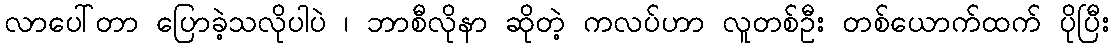
လာပေါ်တာ ပြောခဲ့သလိုပါပဲ ၊ ဘာစီလိုနာ ဆိုတဲ့ ကလပ်ဟာ လူတစ်ဦး တစ်ယောက်ထက် ပိုပြီး